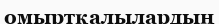
омыртқалылардың